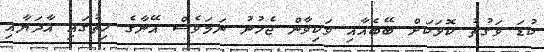
ކުޑަ ވަގުތު ކޮޅަކަށް ބޭބެއާއި ވަކިވާން ޖެހުނު ނަމަވެސް އޭނާގެ ހިތުގައި އާދަޔާއި